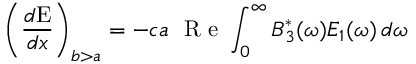
\left( \frac { d \mathrm { { E } } } { d x } \right) _ { b > a } = - c a ~ \textrm { R e } \int _ { 0 } ^ { \infty } B _ { 3 } ^ { \ast } ( \omega ) E _ { 1 } ( \omega ) \, d \omega